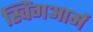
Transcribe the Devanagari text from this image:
स्विंगआर्म